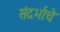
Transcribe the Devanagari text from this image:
संदर्भाचे